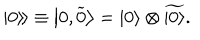
LaTeX: \left. \left| 0 \right\rangle \! \right\rangle \equiv \left| 0 , \widetilde { 0 } \right\rangle = \left| 0 \right\rangle \otimes \widetilde { \left| 0 \right\rangle } .